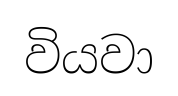
වියවා